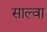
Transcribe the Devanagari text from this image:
साल्वा